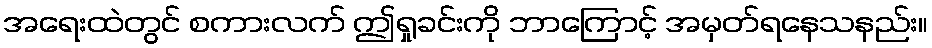
အရေးထဲတွင် စကားလက် ဤရှုခင်းကို ဘာကြောင့် အမှတ်ရနေသနည်း။